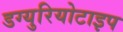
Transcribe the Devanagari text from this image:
डग्युरियोटाइप